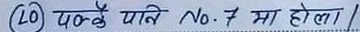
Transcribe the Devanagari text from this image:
(20) यान्हुँ पारि No. 7 मा होला ।